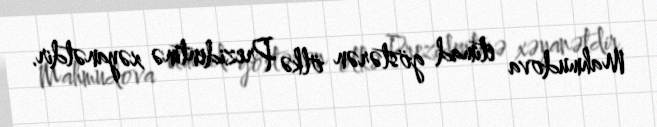
Mahmudova etimad göstərən ölkə Prezidentinə xəyanətdir.